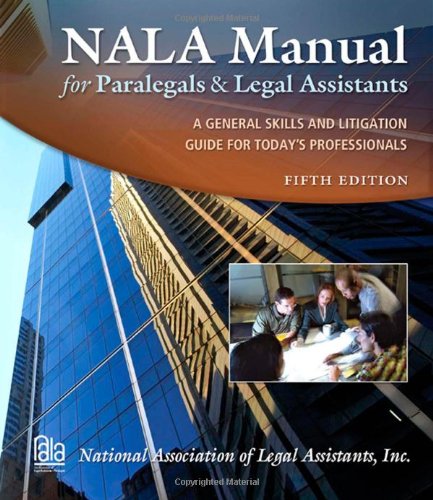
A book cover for NALA Manual for Paralegals and Legal Assistants; National Association of Legal Assistants; Law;